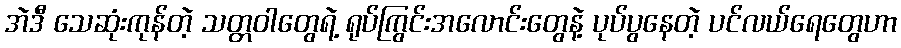
အဲဒီ သေဆုံးကုန်တဲ့ သတ္တဝါတွေရဲ့ ရုပ်ကြွင်းအလောင်းတွေနဲ့ ပုပ်ပွနေတဲ့ ပင်လယ်ရေတွေဟာ